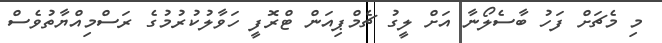
މި މެޗަށް ފަހު ބާސެލޯނާ އަށް ލީގު ޗެމްޕިއަން ޓްރޮފީ ހަވާލުކުރުމުގެ ރަސްމިއްޔާތުވެސް